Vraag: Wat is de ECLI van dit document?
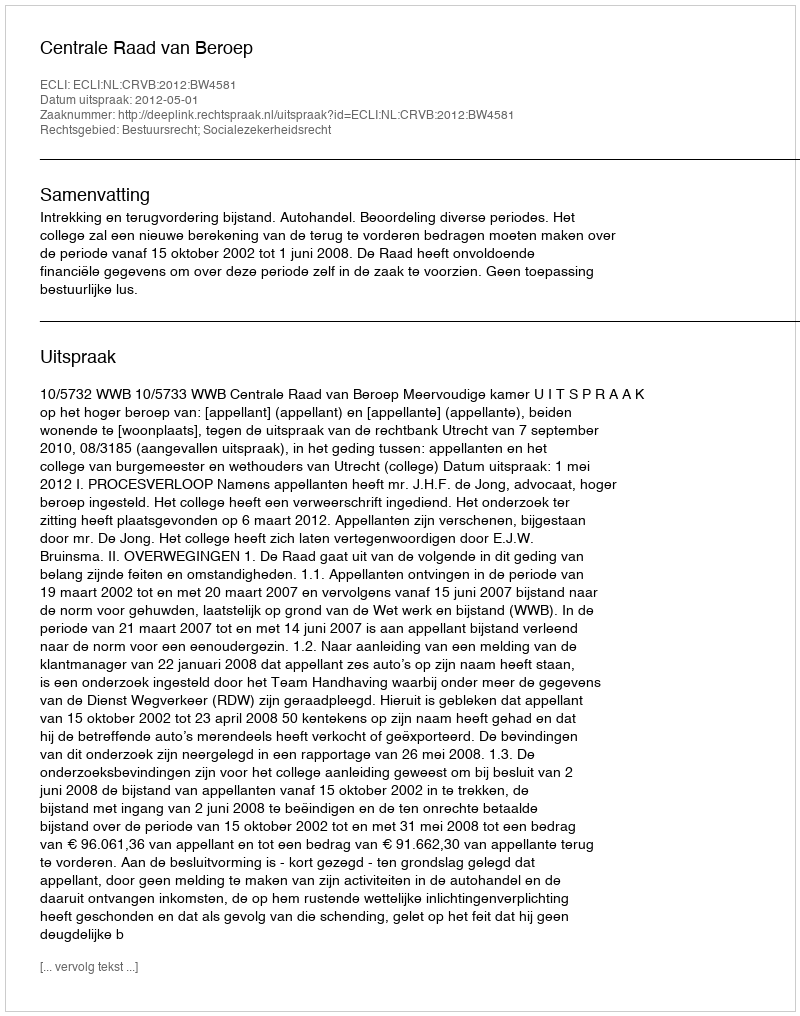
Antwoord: ECLI:NL:CRVB:2012:BW4581